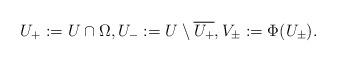
LaTeX: \begin{align*}U_+ := U\cap\Omega,U_- := U \setminus\overline{U_+}, V_{\pm}:= \Phi(U_\pm).\end{align*}